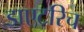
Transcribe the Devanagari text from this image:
डाएटरिच